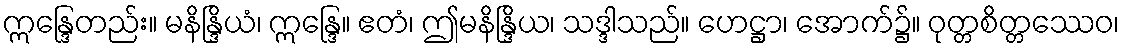
ဣန္ဒြေတည်း။ မနိန္ဒြိယံ၊ ဣန္ဒြေ။ ဧတံ၊ ဤမနိန္ဒြိယ၊ သဒ္ဒါသည်။ ဟေဋ္ဌာ၊ အောက်၌။ ဝုတ္တစိတ္တဿေဝ၊